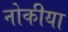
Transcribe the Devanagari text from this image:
नोकीया